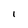
Character: I